Kloostri_vallavalitsus, lk 3
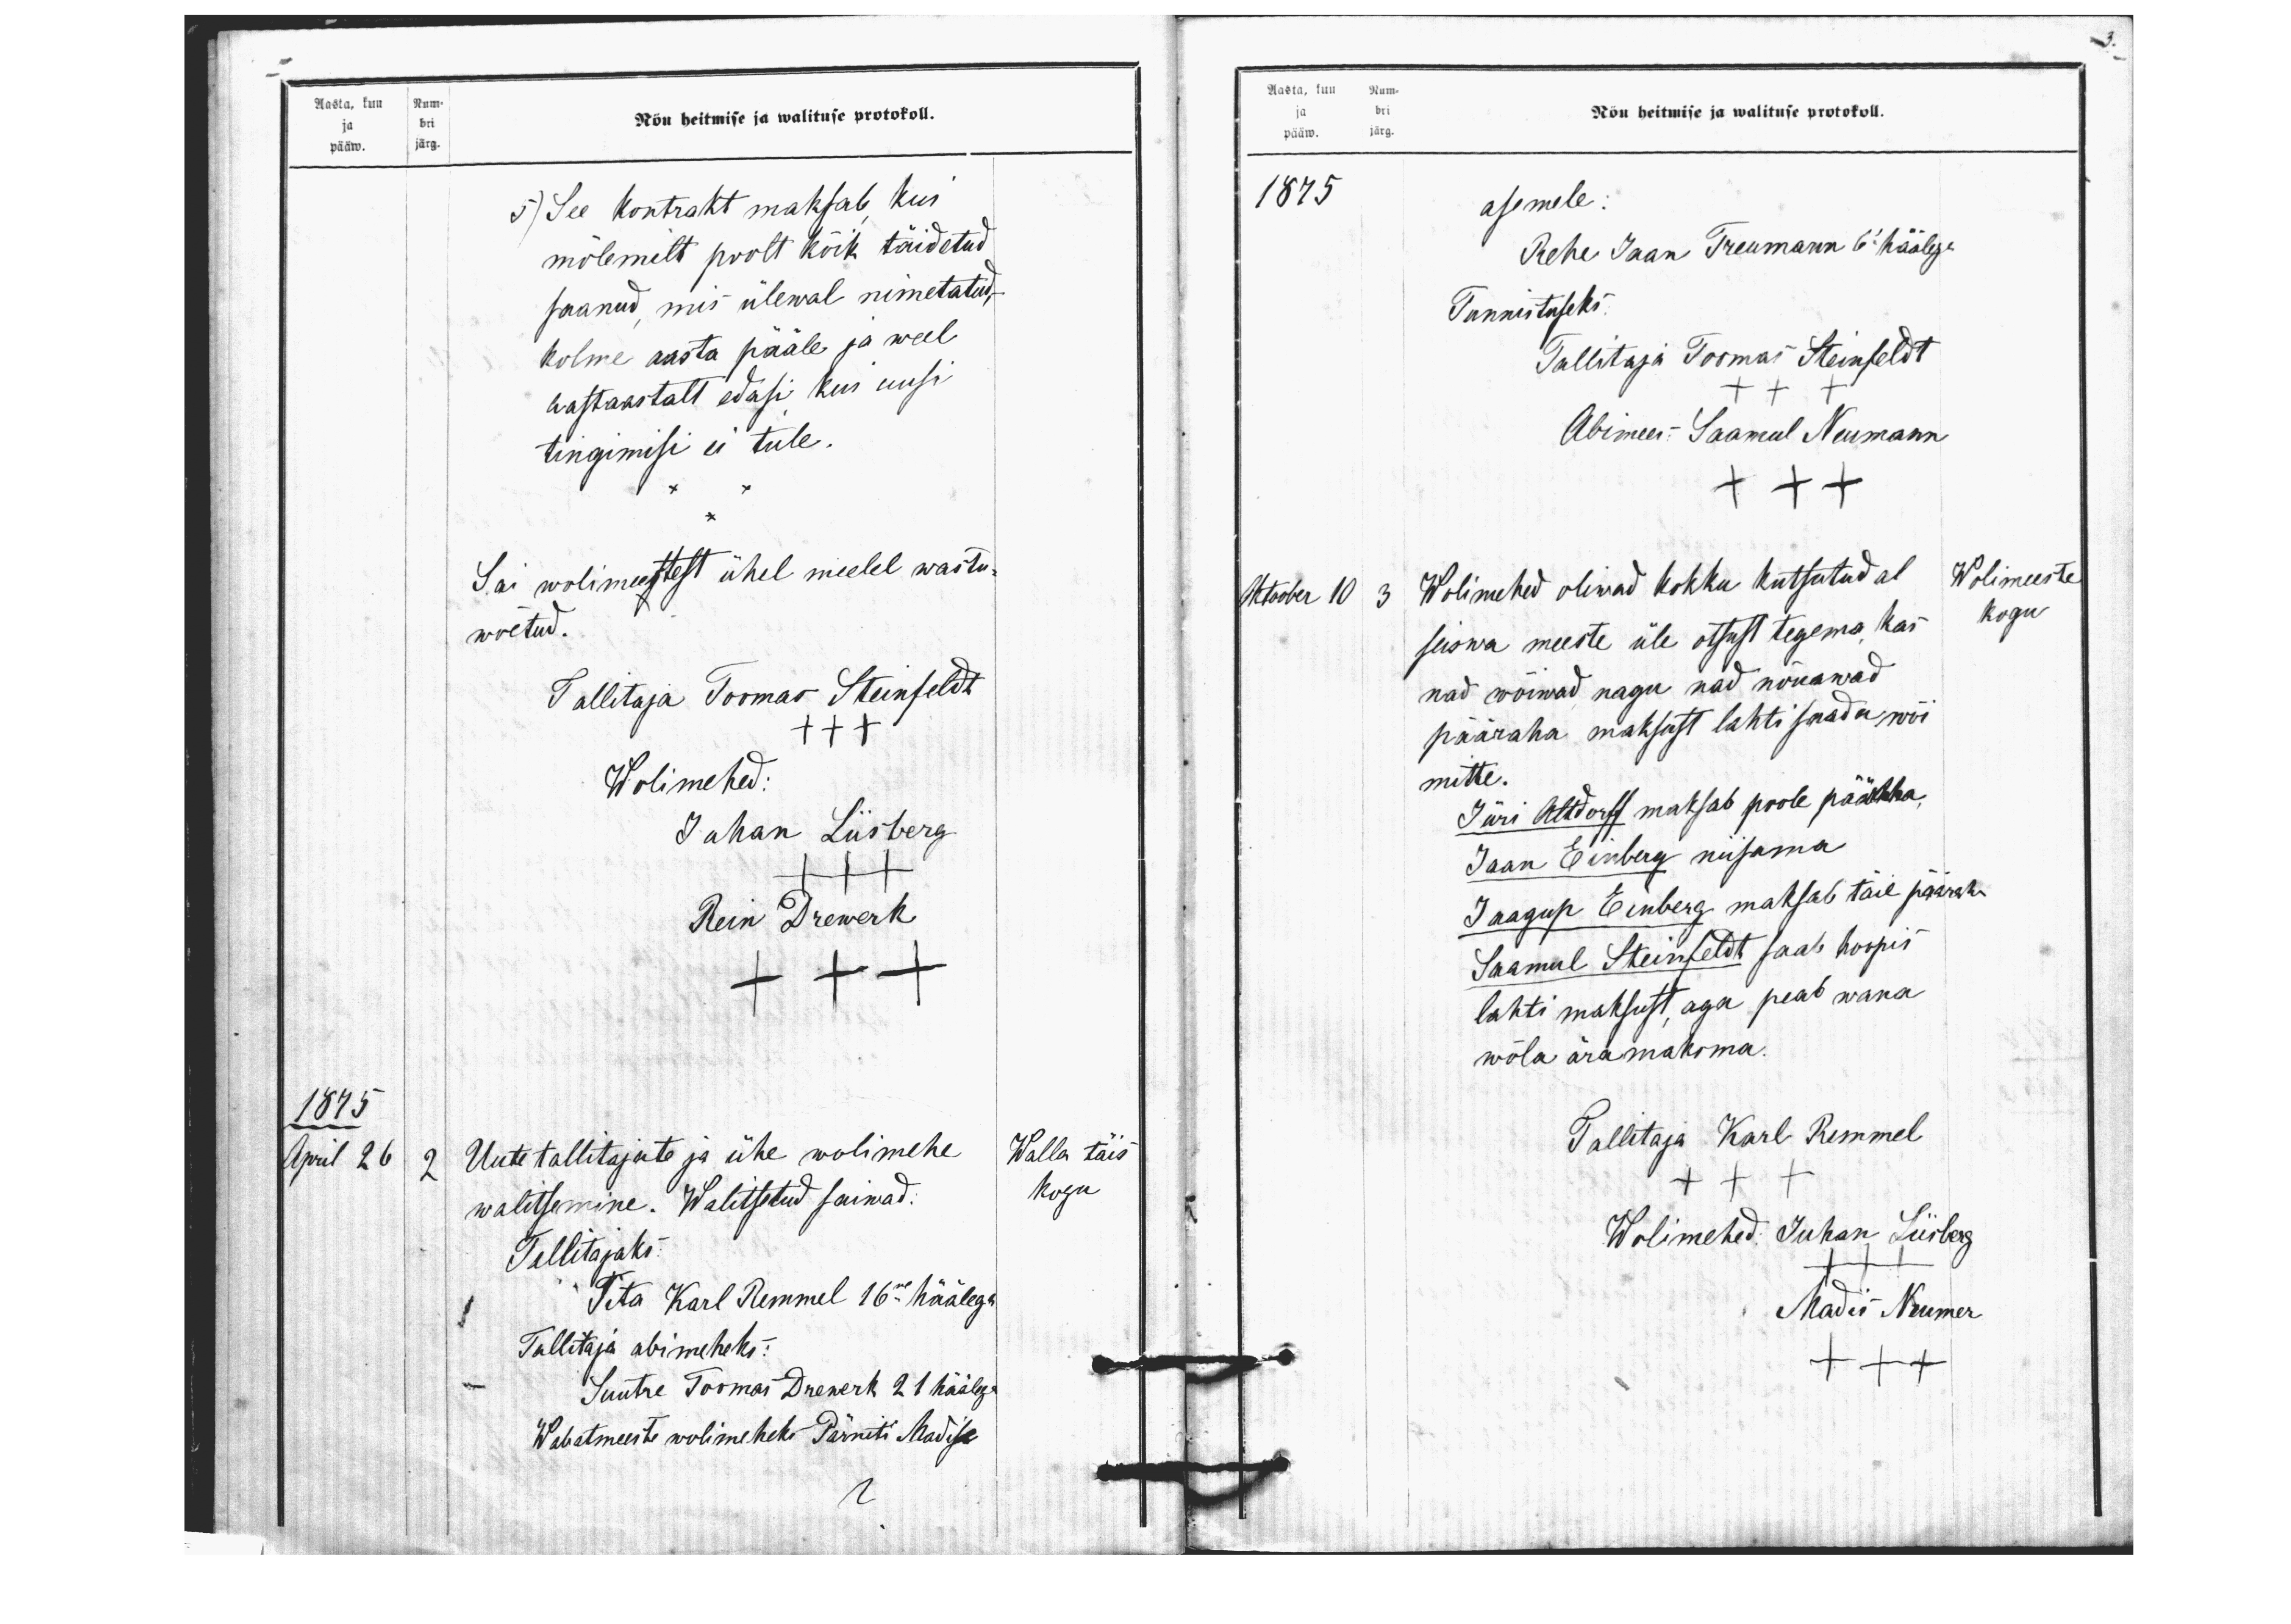
Aasta, kuu Num-
ja bri
pääw. järg.
Nõu heitmise ja walituse protokoll.
5) See kontraht maksab kui
mõlemilt poolt kõik täidetud.
saanud mis ülewal nimetatud,
kolme aasta pääle ja weel
aastaastalt edasi kui uusi
tingimisi ei tule.
Sai wolimeestest ühel meelel wastu-
wõetud.
Tallitaja Toomas Steinfeldt
XXX
Wolimehed:
Juhan Liisberg
+++
Rein Drewerk
+++
1875
April 26
2 Uute tallitajate ja ühe wolimehe,
Walla täis
walitsemine. Walitsetud saiwad:
kogu
Tallitajaks.
1
Tita Karl Remmel 16me häälega
Tallitaja abimeheks:
Suutre Toomas Drewerk 21 häälga
Wabatmeeste wolimeheks Pärneti Madise

Aasta, kuu Num-
Nõu heitmise ja walituse protokoll.
ja bri
pääw.  järg.
1875

asemele:
Rehe Jaan Treumann 6 häälega
Tunnistuseks:
Tallitaja Toomas Steinfeldt
+++
Abimees: Saamul Neumann
+++

3

Wolimehed oliwad kokku kutsutud al
seiswa meeste üle otsust tegema, kas
nad wõiwad nagu nad nõuawad
pääraha maksust lahti saada wõi
mitte.
Jüri Altdorff maksab poole pääraha,
Jaan Einberg niisama
Jaagup Einberg maksab täie pääraha
Saamul Steinfeldt saab hoopis
lahti maksust, aga peab wana
wõla ära maksma.
Tallitaja Karl Remmel
+++
Wolimehed: Juhan Liisberg
+++
Madis Neumer
+++

October 10
3

Wolimeeste
kogu